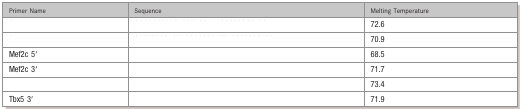
<table><thead><tr><td><b>Primer Name</b></td><td><b>Sequence</b></td><td><b>Melting Temperature</b></td></tr></thead><tbody><tr><td>[EMPTY_CELL]</td><td>[EMPTY_CELL]</td><td>72.6</td></tr><tr><td>[EMPTY_CELL]</td><td>[EMPTY_CELL]</td><td>70.9</td></tr><tr><td>Mef2c 5′</td><td>[EMPTY_CELL]</td><td>68.5</td></tr><tr><td>Mef2c 3′</td><td>[EMPTY_CELL]</td><td>71.7</td></tr><tr><td>[EMPTY_CELL]</td><td>[EMPTY_CELL]</td><td>73.4</td></tr><tr><td>Tbx5 3′</td><td>[EMPTY_CELL]</td><td>71.9</td></tr></tbody></table>